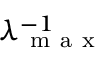
\lambda _ { \mathrm { ~ m ~ a ~ x ~ } } ^ { - 1 }